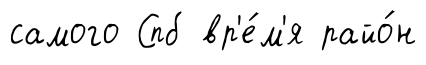
самого Спб вр'е́м'я райо́н